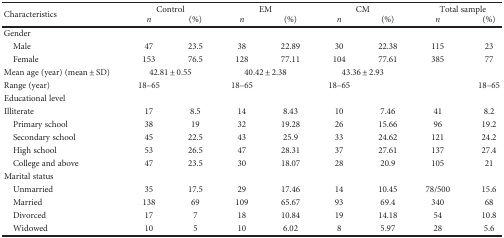
| <ROWSPAN=2> Characteristics | <COLSPAN=2> Control | <COLSPAN=2> EM | <COLSPAN=2> CM | <COLSPAN=2> Total sample |
 | n | (%) | n | (%) | n | (%) | n | (%) |
 | --- | --- | --- | --- | --- | --- | --- | --- | --- |
 | <COLSPAN=9> Gender |
 | Male | 47 | 23.5 | 38 | 22.89 | 30 | 22.38 | 115 | 23 |
 | Female | 153 | 76.5 | 128 | 77.11 | 104 | 77.61 | 385 | 77 |
 | Mean age (year) (mean ± SD) | <COLSPAN=2> 42.81 ± 0.55 | <COLSPAN=2> 40.42 ± 2.38 | <COLSPAN=2> 43.36 ± 2.93 |  |
 | Range (year) | 18–65 |  | 18–65 |  | 18–65 |  |  | 18–65 |
 | <COLSPAN=9> Educational level |
 | Illiterate | 17 | 8.5 | 14 | 8.43 | 10 | 7.46 | 41 | 8.2 |
 | Primary school | 38 | 19 | 32 | 19.28 | 26 | 15.66 | 96 | 19.2 |
 | Secondary school | 45 | 22.5 | 43 | 25.9 | 33 | 24.62 | 121 | 24.2 |
 | High school | 53 | 26.5 | 47 | 28.31 | 37 | 27.61 | 137 | 27.4 |
 | College and above | 47 | 23.5 | 30 | 18.07 | 28 | 20.9 | 105 | 21 |
 | <COLSPAN=9> Marital status |
 | Unmarried | 35 | 17.5 | 29 | 17.46 | 14 | 10.45 | 78/500 | 15.6 |
 | Married | 138 | 69 | 109 | 65.67 | 93 | 69.4 | 340 | 68 |
 | Divorced | 17 | 7 | 18 | 10.84 | 19 | 14.18 | 54 | 10.8 |
 | Widowed | 10 | 5 | 10 | 6.02 | 8 | 5.97 | 28 | 5.6 |